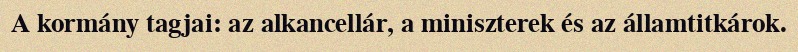
A kormány tagjai: az alkancellár, a miniszterek és az államtitkárok.